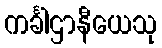
ကင်္ခါဌာနီယေသု